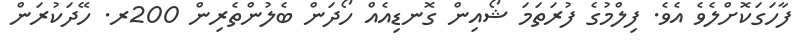
ފާހަގަކޮށްލެވެ އެވެ. ފިލްމުގެ ފުރަތަމަ ޝޯއިން ގޮނޑިއެއް ހޯދަން ބެލުންތެރިން 200ރ. ހޭދަކުރަން